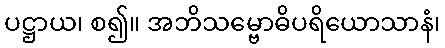
ပဋ္ဌာယ၊ စ၍။ အဘိသမ္ဗောဓိပရိယောသာနံ၊